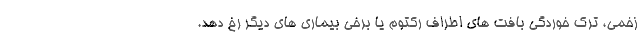
زخمی، ترک خوردگی بافت های اطراف رکتوم یا برخی بیماری های دیگر رخ دهد.